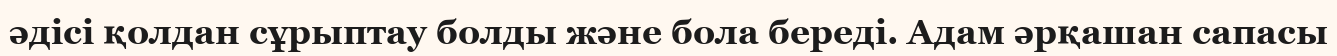
әдісі қолдан сұрыптау болды және бола береді. Адам әрқашан сапасы